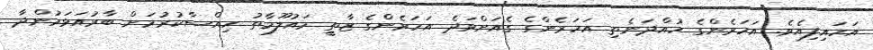
އަހައިފިއެވެ. އަހަރެންގެ ހުއްދަނެތި އަހަރެންގެ ގެއަށްވަދެ އަހަރެންގެ ޒާތީ މައުލޫމާތު ހިއްސާކުރުމަށް ބާރުއަޅަމުންދާ